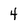
Character: 4